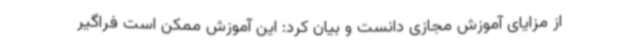
از مزایای آموزش مجازی دانست و بیان کرد: این آموزش ممکن است فراگیر